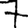
Digit: 7